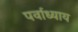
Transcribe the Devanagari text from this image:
पर्वाध्याय